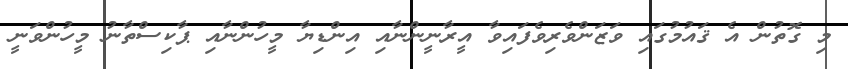
މި ގޮތުން އެ ޤައުމުގައި ވަޒަންވެރިވެފައިވާ އީރާނީންނާއި އިންޑިޔާ މީހުންނާއި ޕާކިސްތާނު މީހުންވަނީ